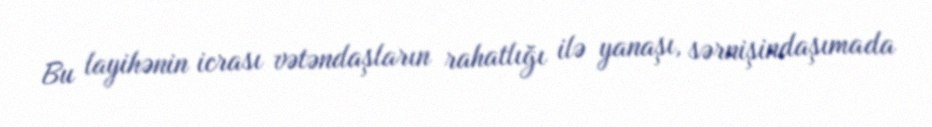
Bu layihənin icrası vətəndaşların rahatlığı ilə yanaşı, sərnişindaşımada